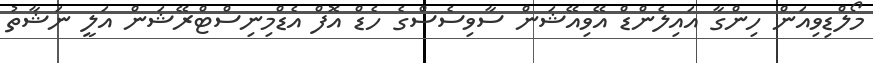
މޯލްޑިވިއަން ހިންގާ އައިލެންޑް އޭވިއޭޝަން ސާވިސެސްގެ ހެޑް އޮފް އެޑްމިނިސްޓްރޭޝަން އަލީ ނަޝާތު